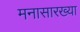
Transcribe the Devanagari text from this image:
मनासारख्या